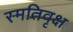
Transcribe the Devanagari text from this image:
स्मतिवृक्ष